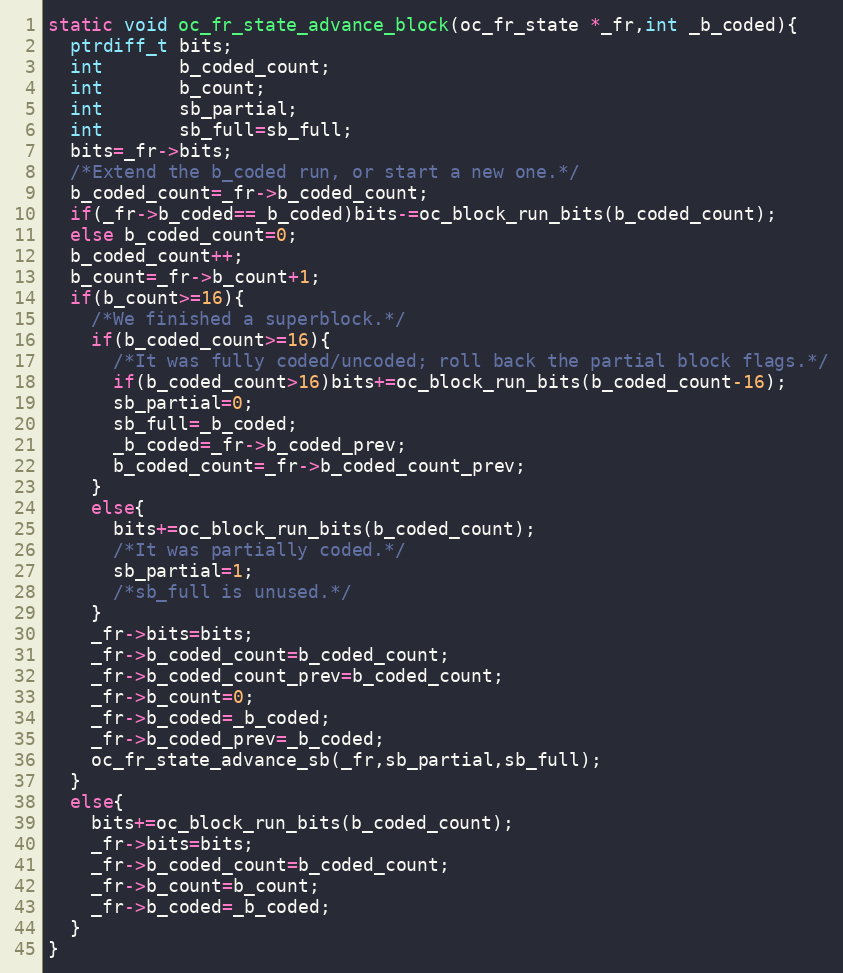
Language: C
static void oc_fr_state_advance_block(oc_fr_state *_fr,int _b_coded){
  ptrdiff_t bits;
  int       b_coded_count;
  int       b_count;
  int       sb_partial;
  int       sb_full=sb_full;
  bits=_fr->bits;
  /*Extend the b_coded run, or start a new one.*/
  b_coded_count=_fr->b_coded_count;
  if(_fr->b_coded==_b_coded)bits-=oc_block_run_bits(b_coded_count);
  else b_coded_count=0;
  b_coded_count++;
  b_count=_fr->b_count+1;
  if(b_count>=16){
    /*We finished a superblock.*/
    if(b_coded_count>=16){
      /*It was fully coded/uncoded; roll back the partial block flags.*/
      if(b_coded_count>16)bits+=oc_block_run_bits(b_coded_count-16);
      sb_partial=0;
      sb_full=_b_coded;
      _b_coded=_fr->b_coded_prev;
      b_coded_count=_fr->b_coded_count_prev;
    }
    else{
      bits+=oc_block_run_bits(b_coded_count);
      /*It was partially coded.*/
      sb_partial=1;
      /*sb_full is unused.*/
    }
    _fr->bits=bits;
    _fr->b_coded_count=b_coded_count;
    _fr->b_coded_count_prev=b_coded_count;
    _fr->b_count=0;
    _fr->b_coded=_b_coded;
    _fr->b_coded_prev=_b_coded;
    oc_fr_state_advance_sb(_fr,sb_partial,sb_full);
  }
  else{
    bits+=oc_block_run_bits(b_coded_count);
    _fr->bits=bits;
    _fr->b_coded_count=b_coded_count;
    _fr->b_count=b_count;
    _fr->b_coded=_b_coded;
  }
}